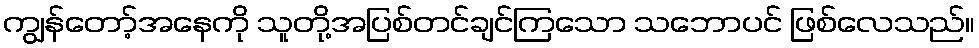
ကျွန်တော့်အနေကို သူတို့အပြစ်တင်ချင်ကြသော သဘောပင် ဖြစ်လေသည်။